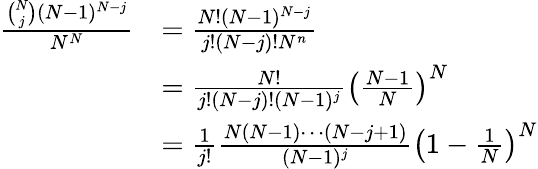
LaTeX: \begin{array}{rl}{\frac{\binom Nj(N-1)^{N-j}}{N^{N}}}&{=\frac{N!(N-1)^{N-j}}{j!(N-j)!N^{n}}}\\ &{=\frac{N!}{j!(N-j)!(N-1)^{j}}\left(\frac{N-1}N\right)^{N}}\\ &{=\frac 1{j!}\frac{N(N-1)\cdots(N-j+1)}{(N-1)^{j}}\left(1-\frac 1N\right)^{N}}\end{array}